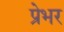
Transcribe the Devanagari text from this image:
प्रेभर